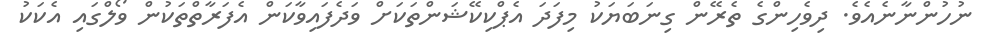
ނުހުންނާނެއެވެ. ދިވެހިންގެ ތެރޭން ގިނަބަޔަކު މިފަދަ އެޕްކިކޭޝަންތަކަށް ވަދެފައިވާކަން އެފަރާތްތަކުން ވޯލްގައި އެކަކު